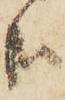
哉